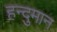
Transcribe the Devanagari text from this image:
हन्दुमान